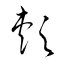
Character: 頰